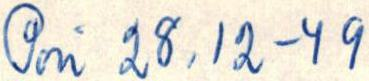
Pori 28.12-49